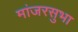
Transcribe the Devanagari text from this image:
मांजरसुभा